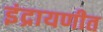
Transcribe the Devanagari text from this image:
इंद्रायणीत